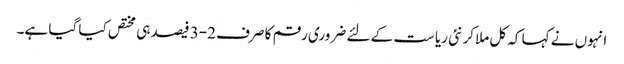
انہوں نے کہا کہ کل ملاکر نئی ریاست کے لئے ضروری رقم کا صرف 2-3 فیصد ہی مختص کیا گیا ہے۔